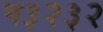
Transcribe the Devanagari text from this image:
ग३२३२